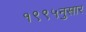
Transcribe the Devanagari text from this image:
१९९५नुसार